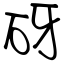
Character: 砑